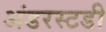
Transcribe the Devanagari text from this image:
अंडरस्टडी